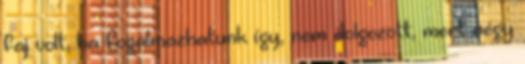
faj volt, ha fogalmazhatunk így, nem dolgozott, mert négy